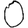
Digit: 0